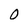
Character: 0